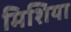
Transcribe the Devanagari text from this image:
मिशिया